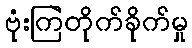
ဗုံးကြဲတိုက်ခိုက်မှု